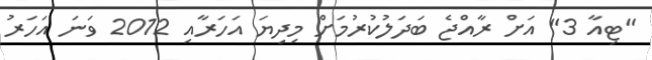
"ޓިއާ 3" އަށް ރާއްޖެ ބަދަލުކުރުމަށް މިދިޔަ އަހަރާއި 2012 ވަނަ އަހަރު